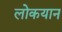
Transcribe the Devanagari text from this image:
लोकयान